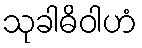
သုခါဓိဝါဟံ